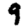
Digit: 9